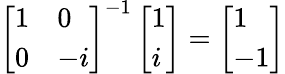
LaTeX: \left[\begin{array}{ll}{1}&{0}\\ {0}&{-i}\end{array}\right]^{-1}\left[\begin{array}{l}{1}\\ {i}\end{array}\right]=\left[\begin{array}{l}{1}\\ {-1}\end{array}\right]